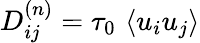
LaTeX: D_{ij}^{(n)}=\tau_{0}\, \left\langle u_{i}u_{j}\right\rangle